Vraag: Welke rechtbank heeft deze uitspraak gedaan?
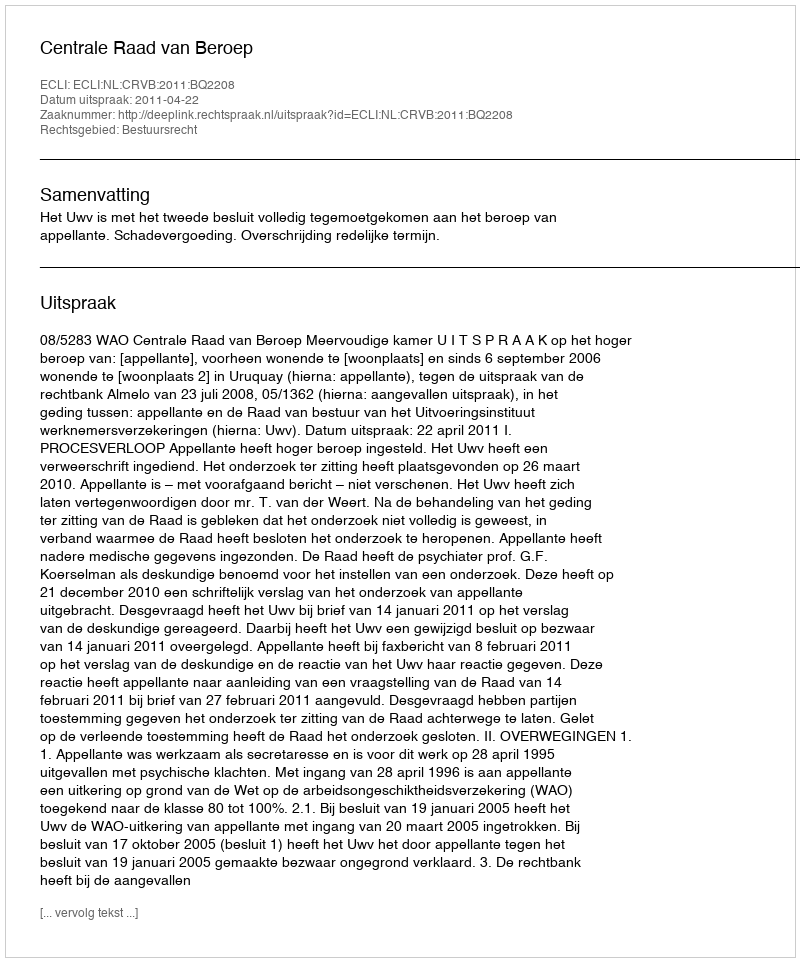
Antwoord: Centrale Raad van Beroep